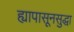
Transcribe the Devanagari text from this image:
ह्यापासूनसुद्धा